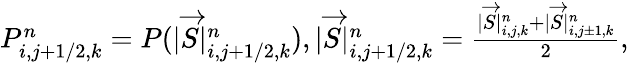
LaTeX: \begin{array}{r}{P_{i,j+1/2,k}^{n}=P(|\overrightarrow{S}|_{i,j+1/2,k}^{n}),|\overrightarrow{S}|_{i,j+1/2,k}^{n}=\frac{|\overrightarrow{S}|_{i,j,k}^{n}+|\overrightarrow{S}|_{i,j\pm 1,k}^{n}}{2},}\end{array}